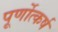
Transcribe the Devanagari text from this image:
पूर्णोत्कर्ष